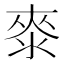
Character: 𣷚